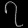
Digit: ၇